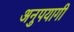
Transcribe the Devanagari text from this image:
अनुपयागी